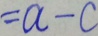
= a - c